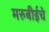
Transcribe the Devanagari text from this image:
मरुबीईचे